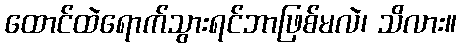
ထောင်ထဲရောက်သွားရင်ဘာဖြစ်မလဲ၊ သိလား။